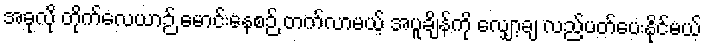
အခုလို တိုက်လေယာဉ် မောင်းနေစဉ် တက်လာမယ့် အပူချိန်ကို လျှော့ချ လည်ပတ်ပေးနိုင်မယ်